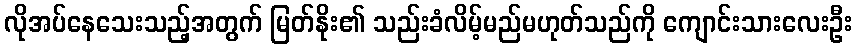
လိုအပ်နေသေးသည့်အတွက် မြတ်နိုး၏ သည်းခံလိမ့်မည်မဟုတ်သည်ကို ကျောင်းသားလေးဦး